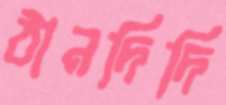
ঠানদিদি